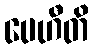
ပေဟီတိ